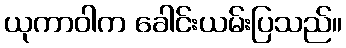
ယုကာဝါက ခေါင်းယမ်းပြသည်။